Trukikaitis_Postimees, lk 25
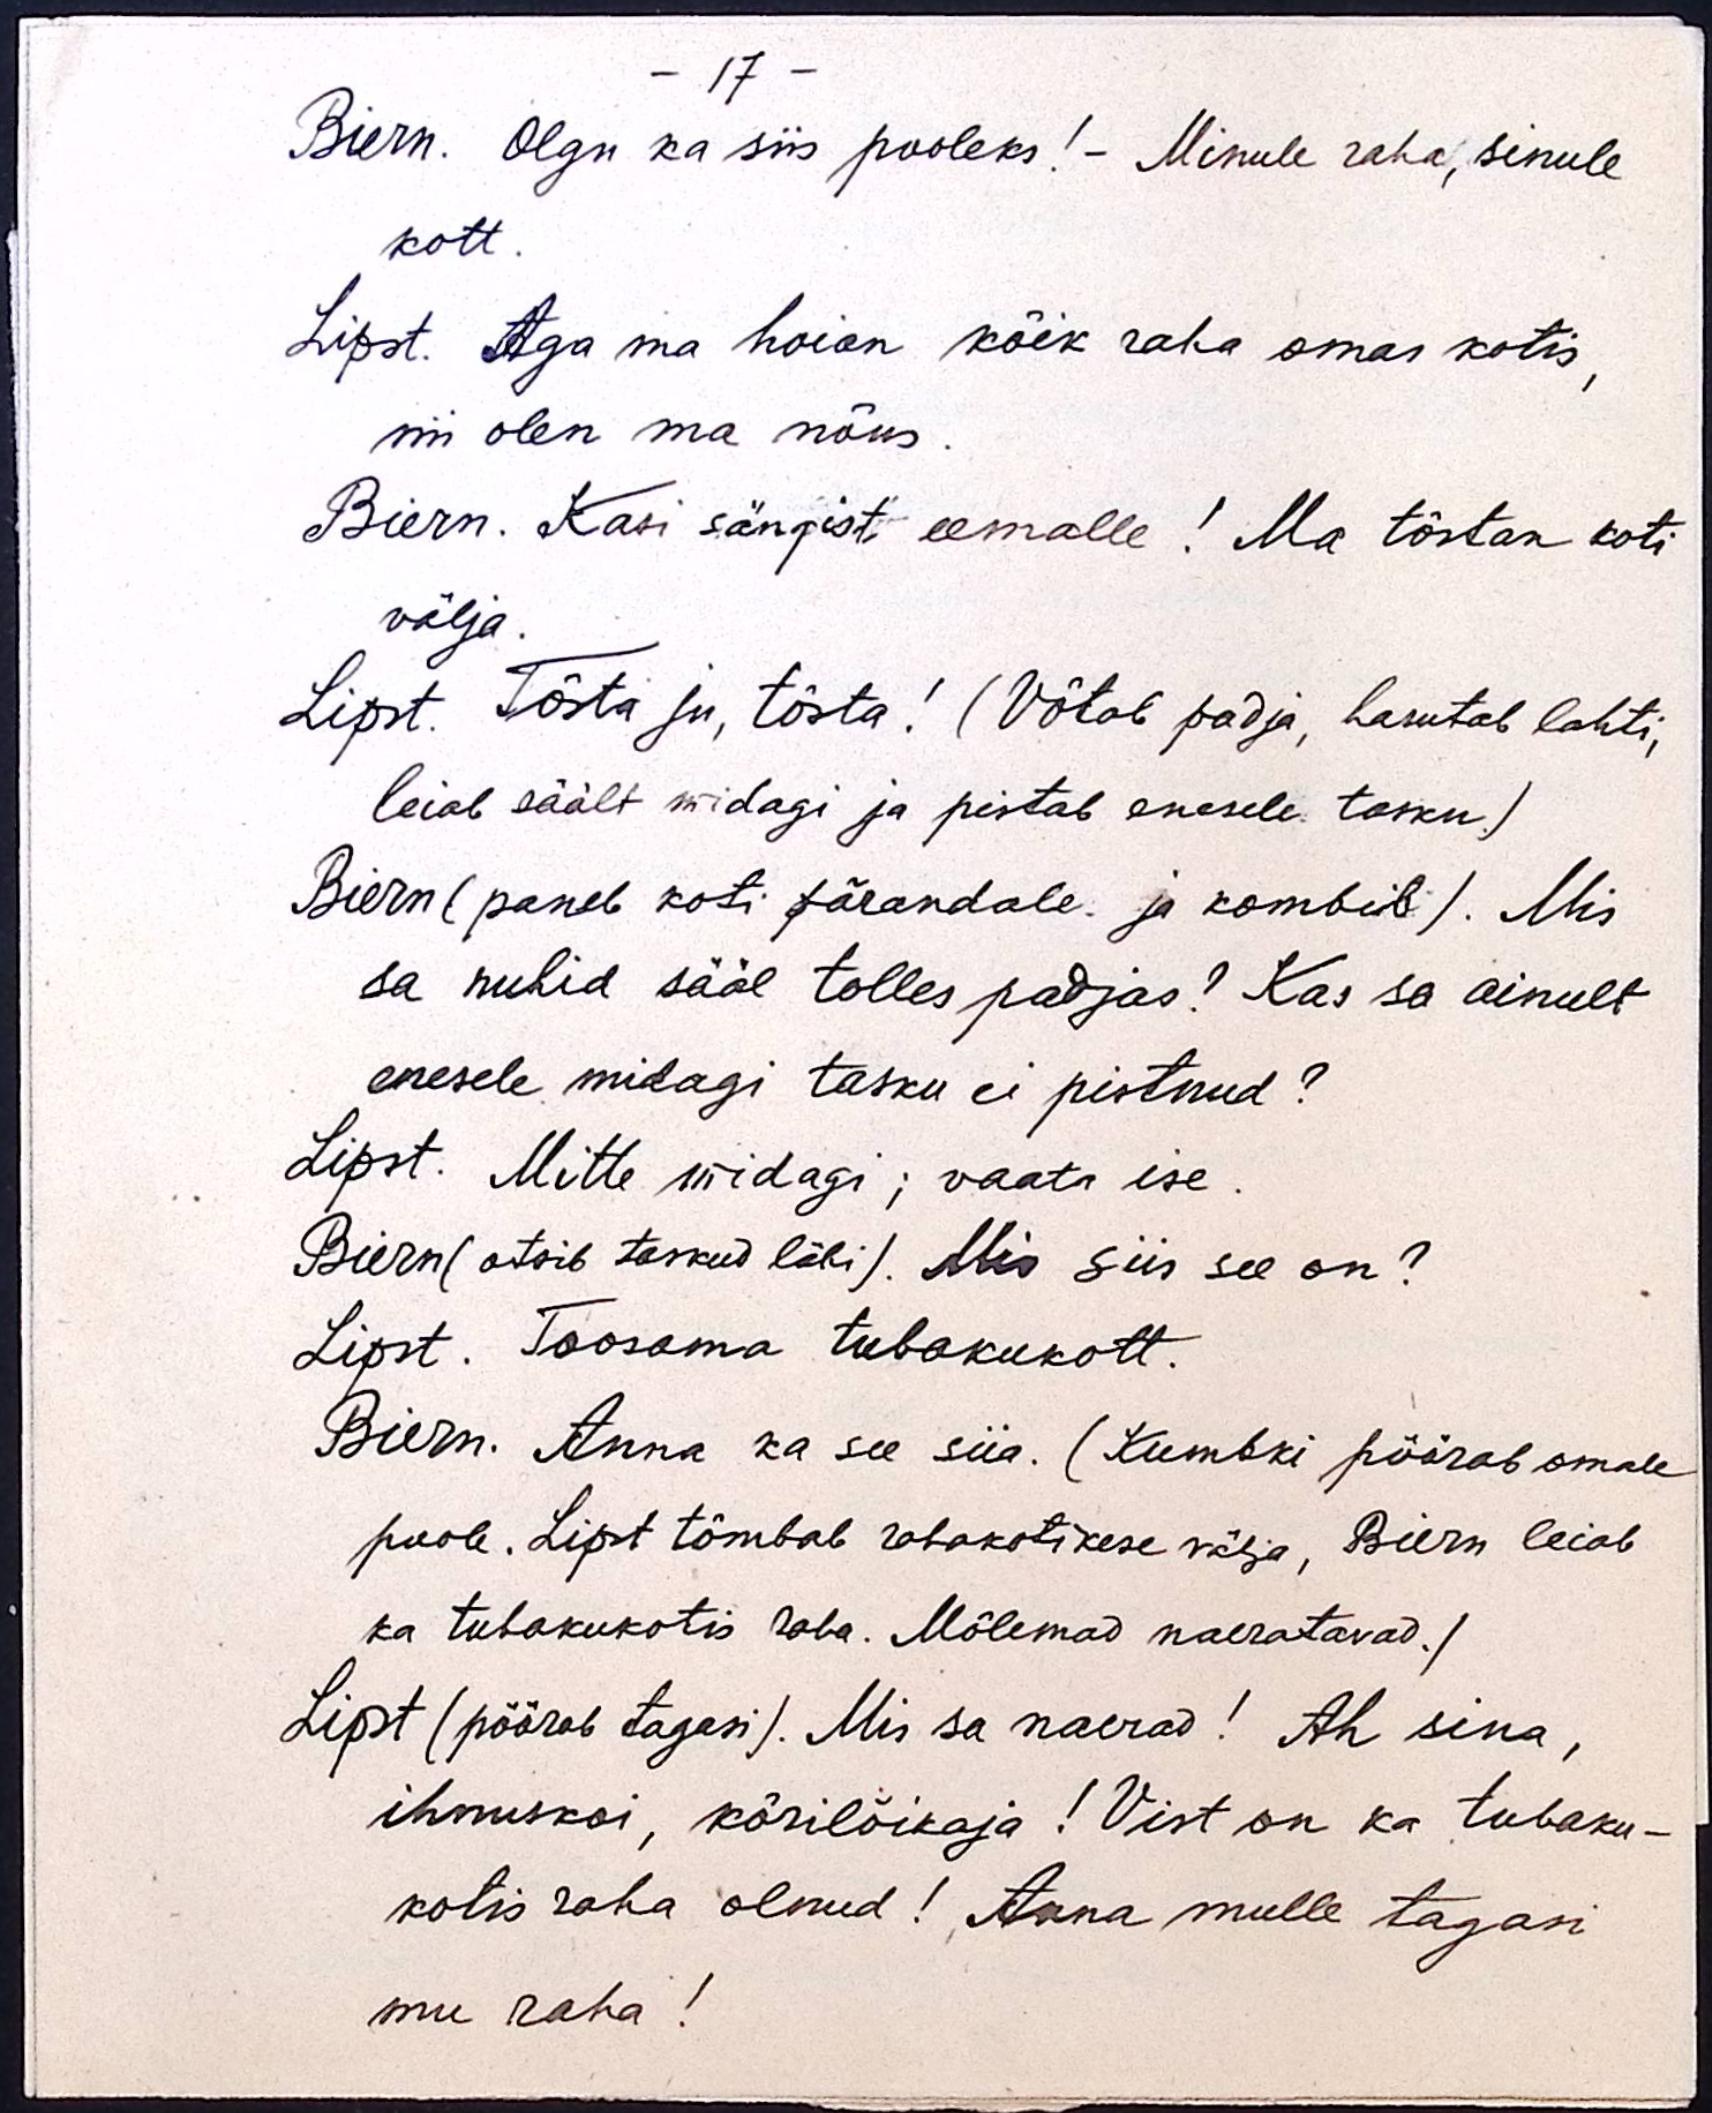
- 17 -
Biern. Olgu ka siis pooleks! - Minule raha, sinule
kott.
Lipst. Aga ma hoian kõik raha omas kotis,
nii olen ma nõus.
Biern. Kasi sängist eemalle! Ma tõstan koti
välja.
Lipst. Tõsta ju, tõsta! (Võtab padja, harutab lahti,
leiab säält midagi ja pistab enesele tasku.)
Biern (paneb koti põrandale ja kombib). Mis
sa nuhid sääl tolles padjas? Kas sa ainult
enesele midagi tasku ei pistnud?
Lipst. Mitte midagi; vaata ise.
Biern (otsib taskud läbi). Mis siis see on?
Lipst. Toosama tubakukott.
Biern. Anna ka see siia. (Kumbki pöörab omale
poole. Lipst tõmbab rahakotikese välja, Biern leiab
ka tubakukotis raha. Mõlemad naeratavad.)
Lipst (pöörab tagasi). Mis sa naerad! Ah sina,
ihnuskoi, kõrilõikaja! Vist on ka tubaku-
kotis raha olnud! Anna mulle tagasi
mu raha!